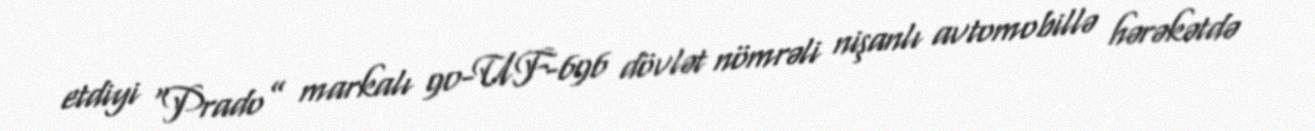
etdiyi “Prado” markalı 90-UF-696 dövlət nömrəli nişanlı avtomobillə hərəkətdə